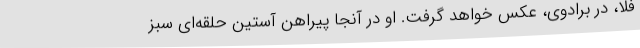
فِلا، در برادوی، عکس خواهد گرفت. او در آنجا پیراهن آستین حلقه‌ای سبز